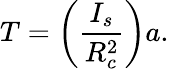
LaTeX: T=\left(\frac{I_{s}}{R_{c}^{2}}\right)a.